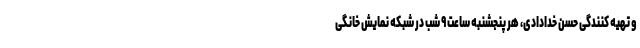
و تهیه کنندگی حسن خدادادی، هر پنجشنبه ساعت ٩ شب در شبکه نمایش خانگی